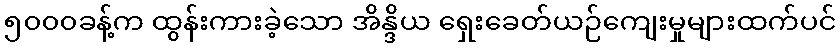
၅၀၀၀ခန့်က ထွန်းကားခဲ့သော အိန္ဒိယ ရှေးခေတ်ယဉ်ကျေးမှုများထက်ပင်